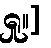
ရှု။]